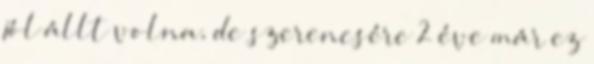
jól állt volna, de szerencsére 2 éve már ez